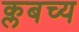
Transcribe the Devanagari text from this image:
क्लबच्य